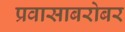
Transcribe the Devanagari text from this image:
प्रवासाबरोबर